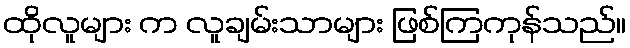
ထိုလူများ က လူချမ်းသာများ ဖြစ်ကြကုန်သည်။